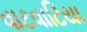
વાટવાટિયા